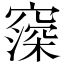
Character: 𬔒